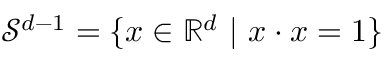
{ \mathcal { S } } ^ { d - 1 } = \{ { \boldsymbol { x } } \in \mathbb { R } ^ { d } ~ | ~ { \boldsymbol { x } } \cdot { \boldsymbol { x } } = 1 \}